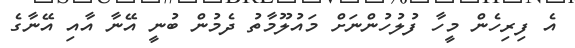
އެ ފިރިހެން މީހާ ފުލުހުންނަށް މައުލޫމާތު ދެމުން ބުނީ އޭނާ އާއި އޭނާގެ